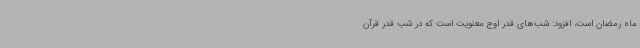
ماه رمضان است، افزود: شب‌های قدر اوج معنویت است که در شب قدر قرآن